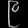
Digit: ၉